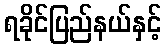
ရခိုင်ပြည်နယ်နှင့်